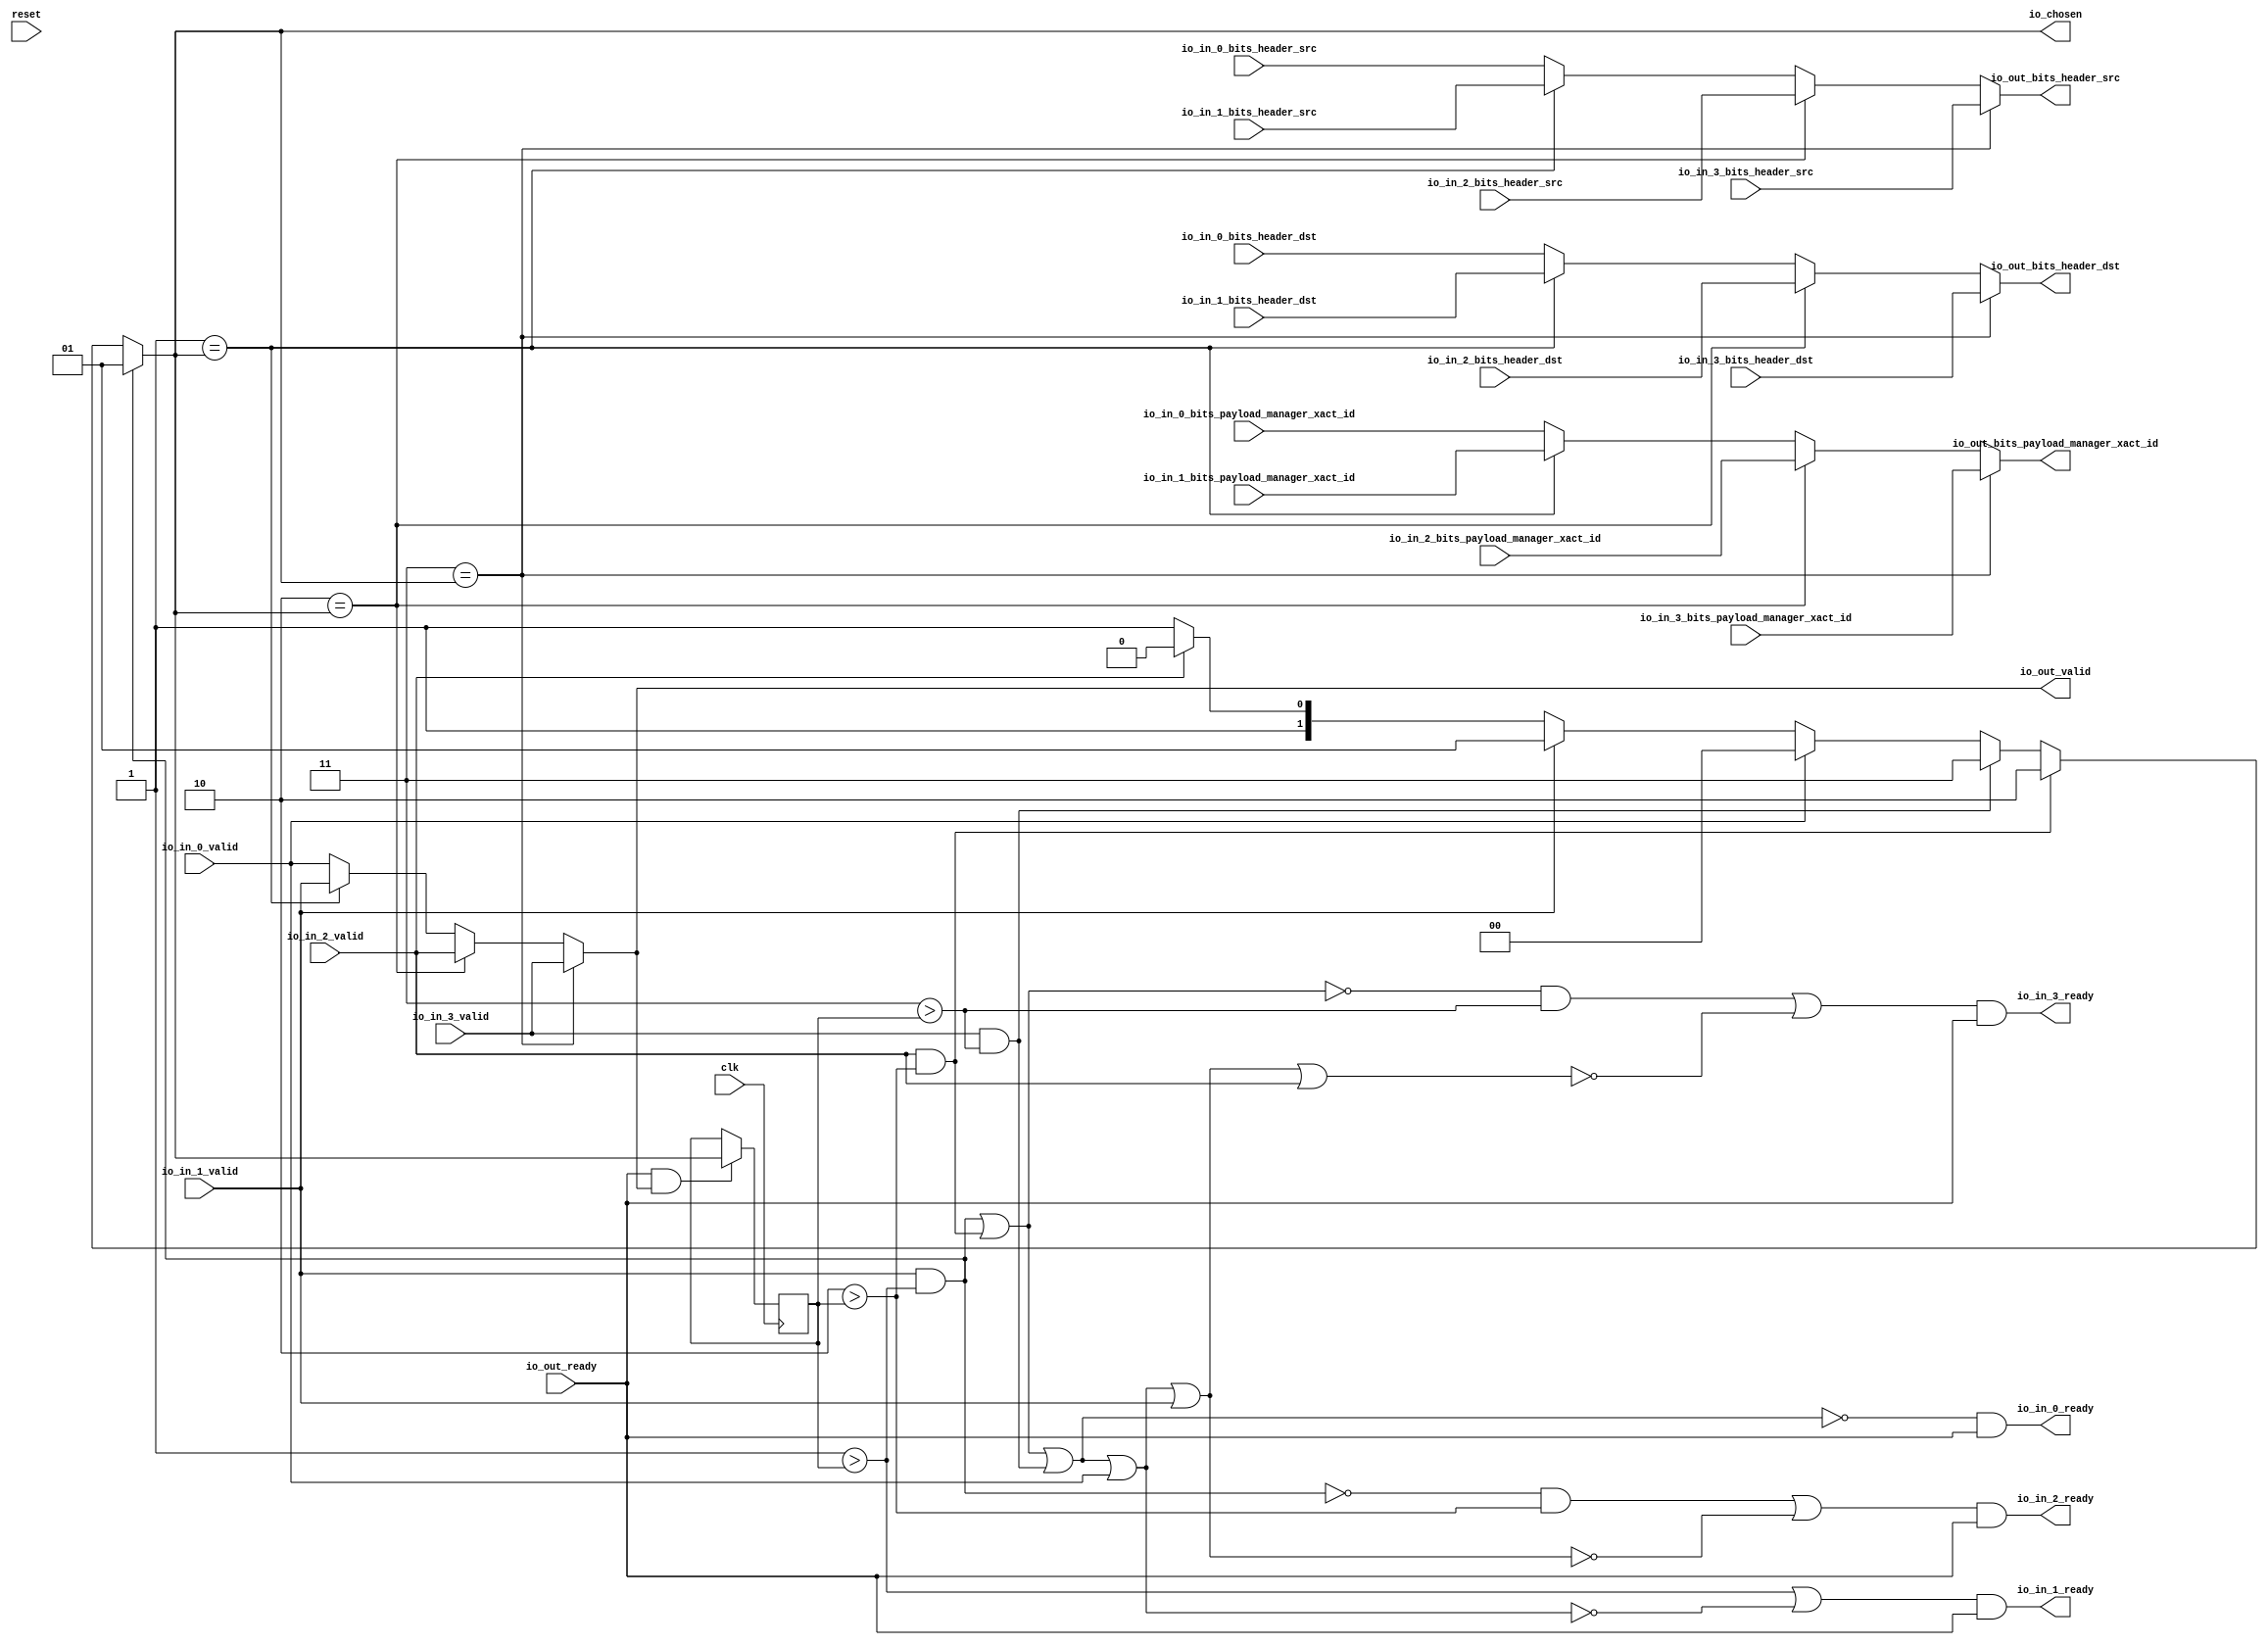
module LockingRRArbiter_4(
  input   clk,
  input   reset,
  output  io_in_0_ready,
  input   io_in_0_valid,
  input  [1:0] io_in_0_bits_header_src,
  input  [1:0] io_in_0_bits_header_dst,
  input  [1:0] io_in_0_bits_payload_manager_xact_id,
  output  io_in_1_ready,
  input   io_in_1_valid,
  input  [1:0] io_in_1_bits_header_src,
  input  [1:0] io_in_1_bits_header_dst,
  input  [1:0] io_in_1_bits_payload_manager_xact_id,
  output  io_in_2_ready,
  input   io_in_2_valid,
  input  [1:0] io_in_2_bits_header_src,
  input  [1:0] io_in_2_bits_header_dst,
  input  [1:0] io_in_2_bits_payload_manager_xact_id,
  output  io_in_3_ready,
  input   io_in_3_valid,
  input  [1:0] io_in_3_bits_header_src,
  input  [1:0] io_in_3_bits_header_dst,
  input  [1:0] io_in_3_bits_payload_manager_xact_id,
  input   io_out_ready,
  output  io_out_valid,
  output [1:0] io_out_bits_header_src,
  output [1:0] io_out_bits_header_dst,
  output [1:0] io_out_bits_payload_manager_xact_id,
  output [1:0] io_chosen
);
  wire [1:0] choice;
  wire  GEN_0;
  wire  GEN_4;
  wire  GEN_5;
  wire  GEN_6;
  wire [1:0] GEN_1;
  wire [1:0] GEN_7;
  wire [1:0] GEN_8;
  wire [1:0] GEN_9;
  wire [1:0] GEN_2;
  wire [1:0] GEN_10;
  wire [1:0] GEN_11;
  wire [1:0] GEN_12;
  wire [1:0] GEN_3;
  wire [1:0] GEN_13;
  wire [1:0] GEN_14;
  wire [1:0] GEN_15;
  wire  T_930;
  reg [1:0] lastGrant;
  reg [31:0] GEN_23;
  wire [1:0] GEN_16;
  wire  T_933;
  wire  T_935;
  wire  T_937;
  wire  T_939;
  wire  T_940;
  wire  T_941;
  wire  T_944;
  wire  T_945;
  wire  T_946;
  wire  T_947;
  wire  T_948;
  wire  T_952;
  wire  T_954;
  wire  T_956;
  wire  T_958;
  wire  T_960;
  wire  T_962;
  wire  T_966;
  wire  T_967;
  wire  T_968;
  wire  T_969;
  wire  T_970;
  wire  T_971;
  wire  T_972;
  wire  T_973;
  wire  T_974;
  wire [1:0] GEN_17;
  wire [1:0] GEN_18;
  wire [1:0] GEN_19;
  wire [1:0] GEN_20;
  wire [1:0] GEN_21;
  wire [1:0] GEN_22;
  assign io_in_0_ready = T_971;
  assign io_in_1_ready = T_972;
  assign io_in_2_ready = T_973;
  assign io_in_3_ready = T_974;
  assign io_out_valid = GEN_0;
  assign io_out_bits_header_src = GEN_1;
  assign io_out_bits_header_dst = GEN_2;
  assign io_out_bits_payload_manager_xact_id = GEN_3;
  assign io_chosen = choice;
  assign choice = GEN_22;
  assign GEN_0 = GEN_6;
  assign GEN_4 = 2'h1 == io_chosen ? io_in_1_valid : io_in_0_valid;
  assign GEN_5 = 2'h2 == io_chosen ? io_in_2_valid : GEN_4;
  assign GEN_6 = 2'h3 == io_chosen ? io_in_3_valid : GEN_5;
  assign GEN_1 = GEN_9;
  assign GEN_7 = 2'h1 == io_chosen ? io_in_1_bits_header_src : io_in_0_bits_header_src;
  assign GEN_8 = 2'h2 == io_chosen ? io_in_2_bits_header_src : GEN_7;
  assign GEN_9 = 2'h3 == io_chosen ? io_in_3_bits_header_src : GEN_8;
  assign GEN_2 = GEN_12;
  assign GEN_10 = 2'h1 == io_chosen ? io_in_1_bits_header_dst : io_in_0_bits_header_dst;
  assign GEN_11 = 2'h2 == io_chosen ? io_in_2_bits_header_dst : GEN_10;
  assign GEN_12 = 2'h3 == io_chosen ? io_in_3_bits_header_dst : GEN_11;
  assign GEN_3 = GEN_15;
  assign GEN_13 = 2'h1 == io_chosen ? io_in_1_bits_payload_manager_xact_id : io_in_0_bits_payload_manager_xact_id;
  assign GEN_14 = 2'h2 == io_chosen ? io_in_2_bits_payload_manager_xact_id : GEN_13;
  assign GEN_15 = 2'h3 == io_chosen ? io_in_3_bits_payload_manager_xact_id : GEN_14;
  assign T_930 = io_out_ready & io_out_valid;
  assign GEN_16 = T_930 ? io_chosen : lastGrant;
  assign T_933 = 2'h1 > lastGrant;
  assign T_935 = 2'h2 > lastGrant;
  assign T_937 = 2'h3 > lastGrant;
  assign T_939 = io_in_1_valid & T_933;
  assign T_940 = io_in_2_valid & T_935;
  assign T_941 = io_in_3_valid & T_937;
  assign T_944 = T_939 | T_940;
  assign T_945 = T_944 | T_941;
  assign T_946 = T_945 | io_in_0_valid;
  assign T_947 = T_946 | io_in_1_valid;
  assign T_948 = T_947 | io_in_2_valid;
  assign T_952 = T_939 == 1'h0;
  assign T_954 = T_944 == 1'h0;
  assign T_956 = T_945 == 1'h0;
  assign T_958 = T_946 == 1'h0;
  assign T_960 = T_947 == 1'h0;
  assign T_962 = T_948 == 1'h0;
  assign T_966 = T_933 | T_958;
  assign T_967 = T_952 & T_935;
  assign T_968 = T_967 | T_960;
  assign T_969 = T_954 & T_937;
  assign T_970 = T_969 | T_962;
  assign T_971 = T_956 & io_out_ready;
  assign T_972 = T_966 & io_out_ready;
  assign T_973 = T_968 & io_out_ready;
  assign T_974 = T_970 & io_out_ready;
  assign GEN_17 = io_in_2_valid ? 2'h2 : 2'h3;
  assign GEN_18 = io_in_1_valid ? 2'h1 : GEN_17;
  assign GEN_19 = io_in_0_valid ? 2'h0 : GEN_18;
  assign GEN_20 = T_941 ? 2'h3 : GEN_19;
  assign GEN_21 = T_940 ? 2'h2 : GEN_20;
  assign GEN_22 = T_939 ? 2'h1 : GEN_21;
`ifdef RANDOMIZE
  integer initvar;
  initial begin
    `ifndef verilator
      #0.002;
    `endif
  `ifdef RANDOMIZE
  GEN_23 = {1{$random}};
  lastGrant = GEN_23[1:0];
  `endif
  end
`endif
  always @(posedge clk) begin
    if(1'h0) begin
    end else begin
      if(T_930) begin
        lastGrant <= io_chosen;
      end
    end
  end
endmodule